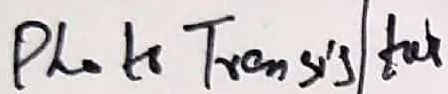
Text: Photo Transistor